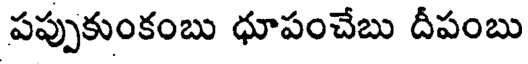
పప్పుకుంకంబు ధూపంచేబు దీపంబు